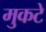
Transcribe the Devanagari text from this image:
मुकटे